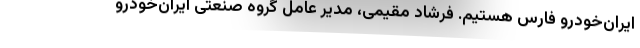
ایران‌خودرو فارس هستیم. فرشاد مقیمی، مدیر عامل گروه صنعتی ایران‌خودرو